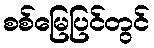
စစ်မြေပြင်တွင်